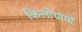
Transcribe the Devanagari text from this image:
किलोग्रामों